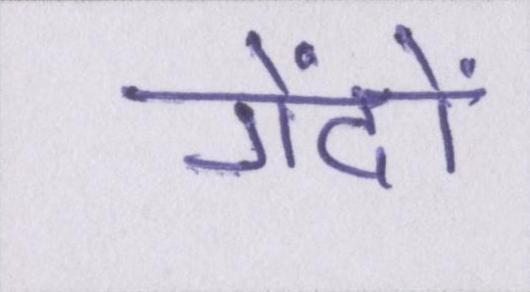
गेंदों